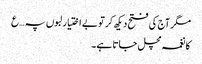
مگر آج کی فتح دیکھ کر تو بے اختیار لبوں پہ …ع
کا نغمہ مچل جاتا ہے۔